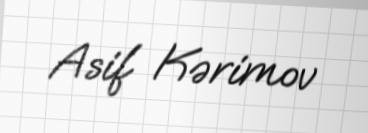
Asif Kərimov